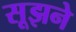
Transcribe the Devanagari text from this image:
सूझने